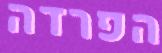
הפרדה